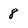
Character: 8